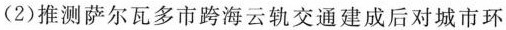
(2)推测萨尔瓦多市跨海云轨交通建成后对城市环